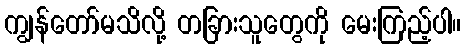
ကျွန်တော်မသိလို့ တခြားသူတွေကို မေးကြည့်ပါ။